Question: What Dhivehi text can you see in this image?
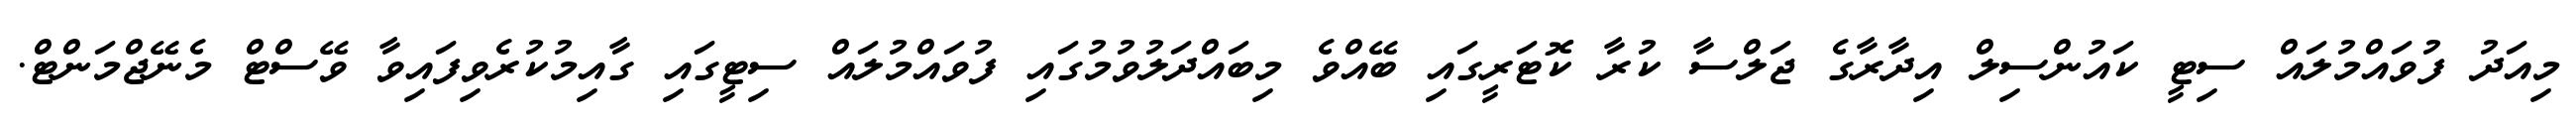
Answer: މިއަދު ފުވައްމުލައް ސިޓީ ކައުންސިލް އިދާރާގެ ޖަލްސާ ކުރާ ކޮޓަރީގައި ބޭއްވެ މިބައްދަލުވުމުގައި ފުވައްމުލައް ސިޓީގައި ގާއިމުކުރެވިފައިވާ ވޭސްޓް މެނޭޖްމަންޓް.